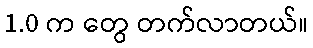
1.0 က တွေ တက်လာတယ်။